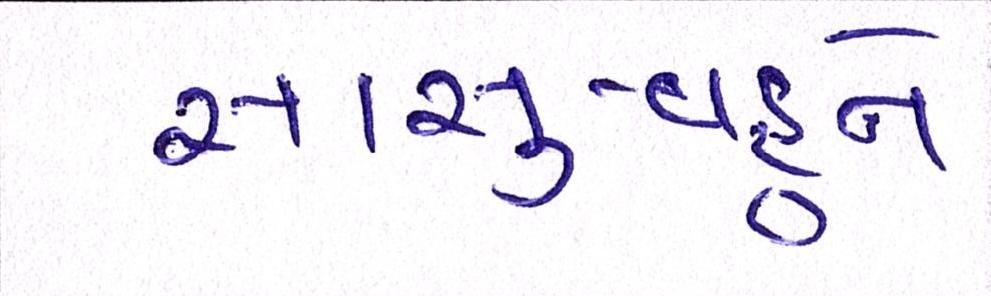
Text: સાસુ-વહુને